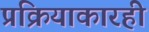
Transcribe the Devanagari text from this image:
प्रक्रियाकारही